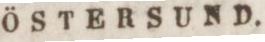
ÖSTERSUND.